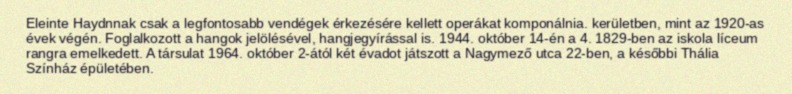
Eleinte Haydnnak csak a legfontosabb vendégek érkezésére kellett operákat komponálnia. kerületben, mint az 1920-as évek végén. Foglalkozott a hangok jelölésével, hangjegyírással is. 1944. október 14-én a 4. 1829-ben az iskola líceum rangra emelkedett. A társulat 1964. október 2-ától két évadot játszott a Nagymező utca 22-ben, a későbbi Thália Színház épületében.